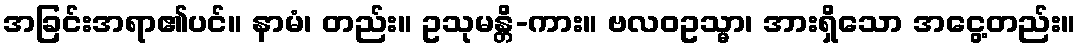
အခြင်းအရာ၏ပင်။ နာမံ၊ တည်း။ ဥသုမန္တိ-ကား။ ဗလဝဥသ္မာ၊ အားရှိသော အငွေ့တည်း။